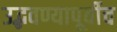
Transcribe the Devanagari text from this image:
उद्भवण्यापूर्वीच